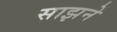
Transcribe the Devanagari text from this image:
साझने